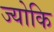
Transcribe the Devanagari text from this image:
ज्योकि